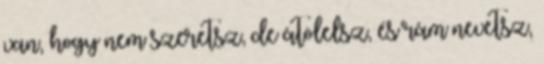
van, hogy nem szeretsz, de átölelsz, és rám nevetsz,